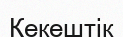
Кекештік